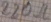
Text: 220Ω